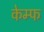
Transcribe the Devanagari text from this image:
केम्फ